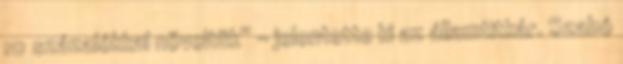
10 százalékkal növeltük” – jelentette ki az államtitkár. Szabó